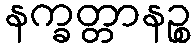
နက္ခတ္တာနဉ္စ